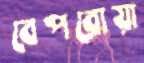
বেপরোয়া